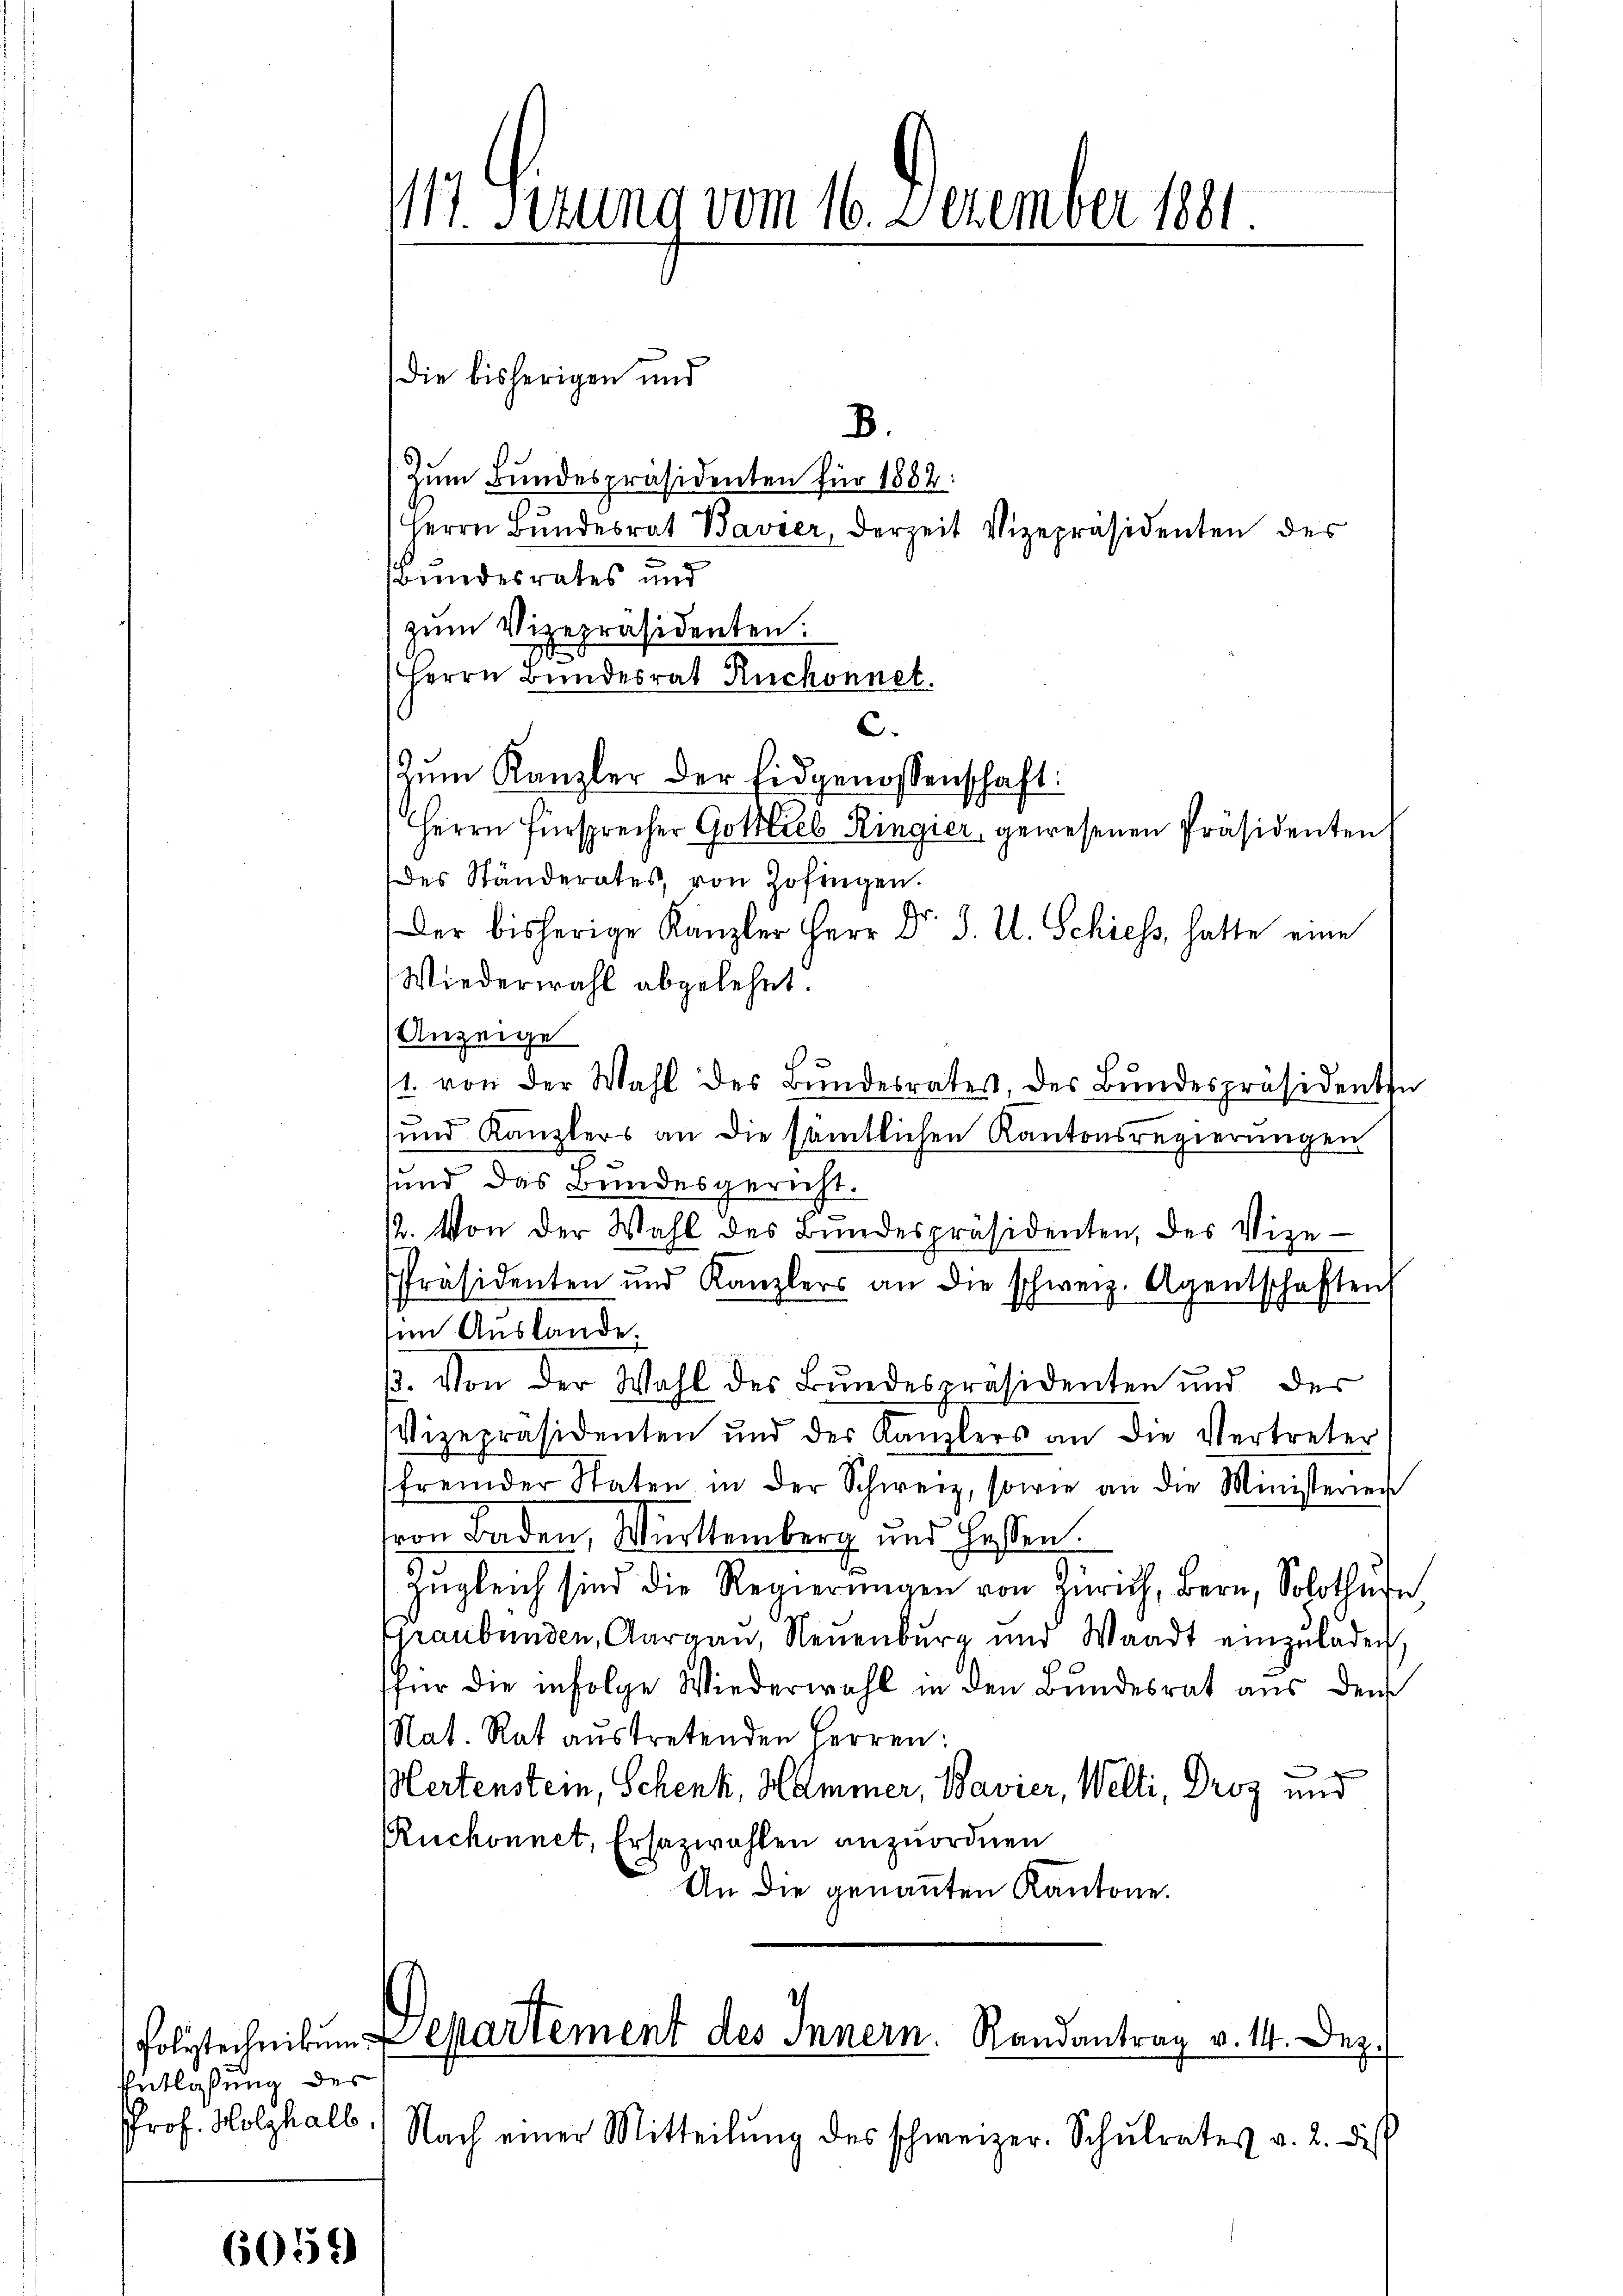
Polytechnikum
Entlaßung des
PProf. Holzhalb

059

die bisherigen und
B.
Zŭm Bŭndespräsidenten für 1882:
Herrn Bundesrat Bavier, derzeit Vizepräsidenten der
Bundesrates und
zŭm Vizepräsidenten.
Herrn Bundesrat Ruchonnet.
C.
Zum Kanzler der Eidgenossenschaft:
Herrn Fürsprecher Gottlieb Ringier, gewesenen Präsidenten
des Ständerates, von Zofingen.
Der bisherige Kanzler Herr Dr. J. U. Schiess, hatte eine
Wiederwahl abgelehnt.
Anzeige
1. von der Wahl des Bŭndesrates, des Bŭndespräsidenten
e
und Kanzlers an die sämtlichen Kantonsregierŭngen
und das Bundesgericht.
12. Von der Wahl des Bundespräsidenten, des Vize-
Präsidenten und Kanzlers an die schweiz. Agentschaften
sen Auslande.
ß. Von der Wahl des Bundespräsidenten und der
Vizepräsidenten und der Kanzlers an die Vertreter
fremder Staten in der Schweiz, sowie an die Ministerien
von Baden, Württemberg und Hessen.
Zŭgleich sind die Regierŭngen von Zürich, Bern, Solothŭfe
Graubünden, Aargau, Neuenburg und Waadt einzŭladen,
für die infolge Wiederwahl in den Bundesrat aus den
Nat. Rat austretenden Herren:
Mertenstein, Schenk, Hammer, Bavier, Welti, Droz und
Ruchonnet, Ersazwahlen anzuordnen
An die genannten Kantone.

117. Serung vom 16. Dezember 1881.

Departement des Innern. Randantrag v. 14. Dez.

Nach einer Mitteilŭng des schweizer. Schŭlrates v. 2. dies